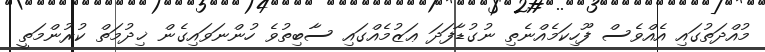
މުއްދަތުގައި އެއްވެސް ފޫހިކަމެއްނެތި ނުގުޑާފަދަ ޢަޒުމެއްގައި ސާބިތުވެ ހުންނަވައިގެން ޚިދުމަތް ކުރުންމަތީ